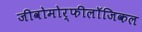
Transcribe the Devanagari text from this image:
जीवोमोर्फीलॉजिकल